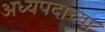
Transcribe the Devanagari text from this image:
अध्यपदाच्या